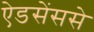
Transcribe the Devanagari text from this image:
ऐडसेंससे